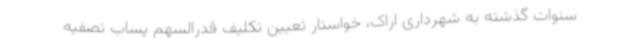
سنوات گذشته به شهرداری اراک، خواستار تعیین تکلیف قدرالسهم پساب تصفیه